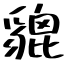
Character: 貔